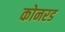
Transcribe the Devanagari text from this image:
कोनरड